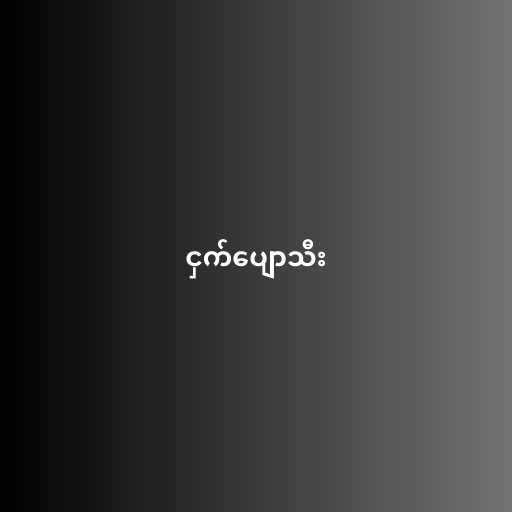
ငှက်ပျောသီး